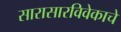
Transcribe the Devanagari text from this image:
सारासारविवेकाचे